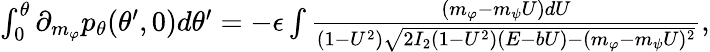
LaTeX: \begin{array}{r}{\int_{0}^{\theta}\partial_{m_{\varphi}}p_{\theta}(\theta^{\prime},0)d\theta^{\prime}=-\epsilon\int\frac{(m_{\varphi}-m_{\psi}U)dU}{(1-U^{2})\sqrt{2I_{2}(1-U^{2})(E-bU)-(m_{\varphi}-m_{\psi}U)^{2}}},}\end{array}